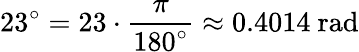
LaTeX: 23^{\circ}=23\cdot{\frac{\pi}{180^{\circ}}}\approx 0.4014{\mathrm{~rad}}